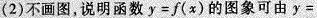
(2)不画图，说明函数$$y=f(x)$$的图象可由y=